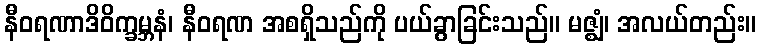
နီဝရဏာဒိဝိက္ခမ္ဘနံ၊ နီဝရဏ အစရှိသည်ကို ပယ်ခွာခြင်းသည်။ မဇ္ဈံ၊ အလယ်တည်း။